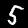
Label: 5